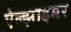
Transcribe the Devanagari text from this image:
ऐल्झाइमर